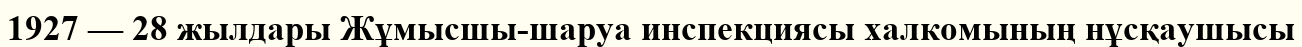
1927 — 28 жылдары Жұмысшы-шаруа инспекциясы халкомының нұсқаушысы